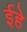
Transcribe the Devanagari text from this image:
ईहे